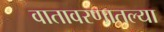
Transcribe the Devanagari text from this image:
वातावरणातल्या